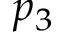
p _ { 3 }